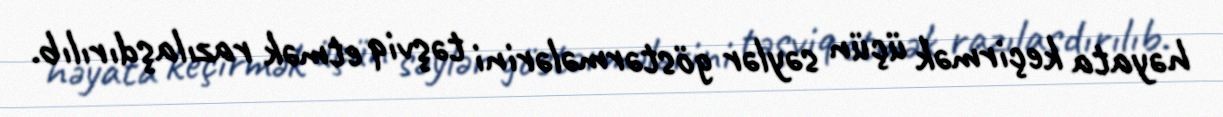
həyata keçirmək üçün səylər göstərmələrini təşviq etmək razılaşdırılıb.